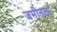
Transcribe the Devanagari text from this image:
जमीनला